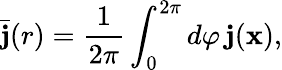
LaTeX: \bar{\mathbf{j}}(r)=\frac{1}{2\pi}\int_{0}^{2\pi}d\varphi\, \mathbf{j}(\mathbf{x}),